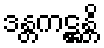
ဒန္တကဋ္ဌန္တိ